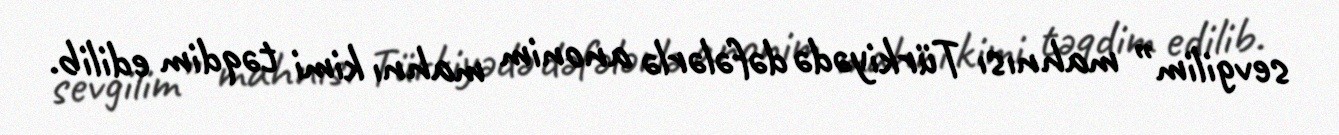
sevgilim” mahnısı Türkiyədə dəfələrlə anonim mahnı kimi təqdim edilib.